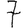
Digit: 7